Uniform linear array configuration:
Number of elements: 64
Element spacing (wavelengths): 0.75
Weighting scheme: kaiser
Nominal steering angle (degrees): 45
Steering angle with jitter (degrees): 43.413
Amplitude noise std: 0.05
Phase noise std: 0.05

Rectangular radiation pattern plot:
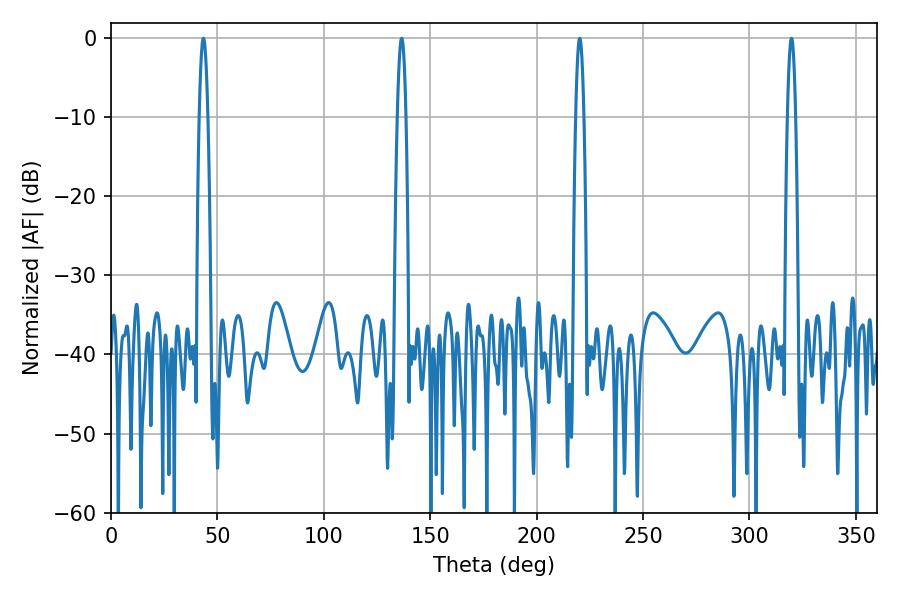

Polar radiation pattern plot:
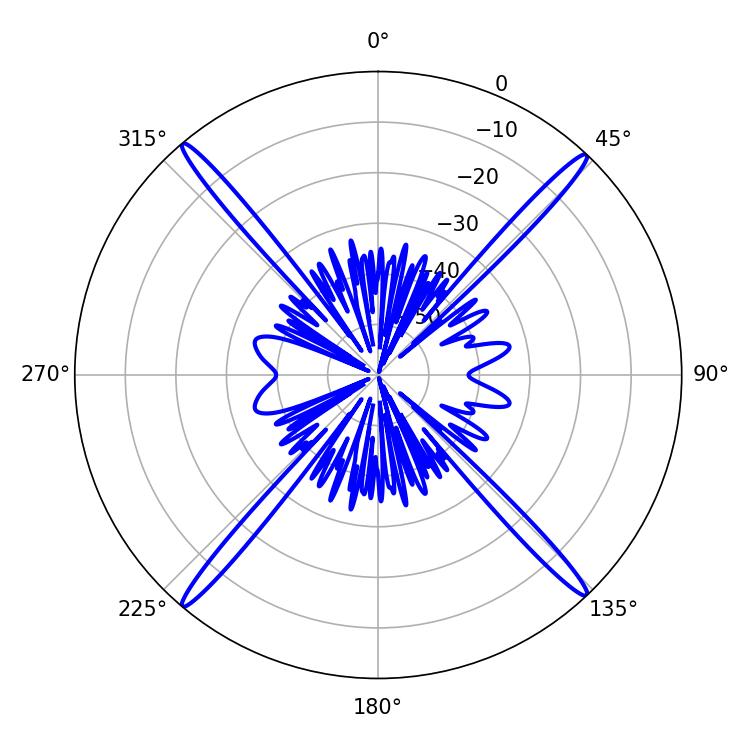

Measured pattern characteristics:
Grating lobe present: TRUE
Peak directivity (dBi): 25.057
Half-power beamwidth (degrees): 2.16
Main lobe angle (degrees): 43.38